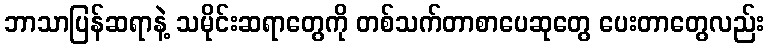
ဘာသာပြန်ဆရာနဲ့ သမိုင်းဆရာတွေကို တစ်သက်တာစာပေဆုတွေ ပေးတာတွေလည်း